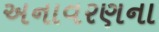
અનાવરણના